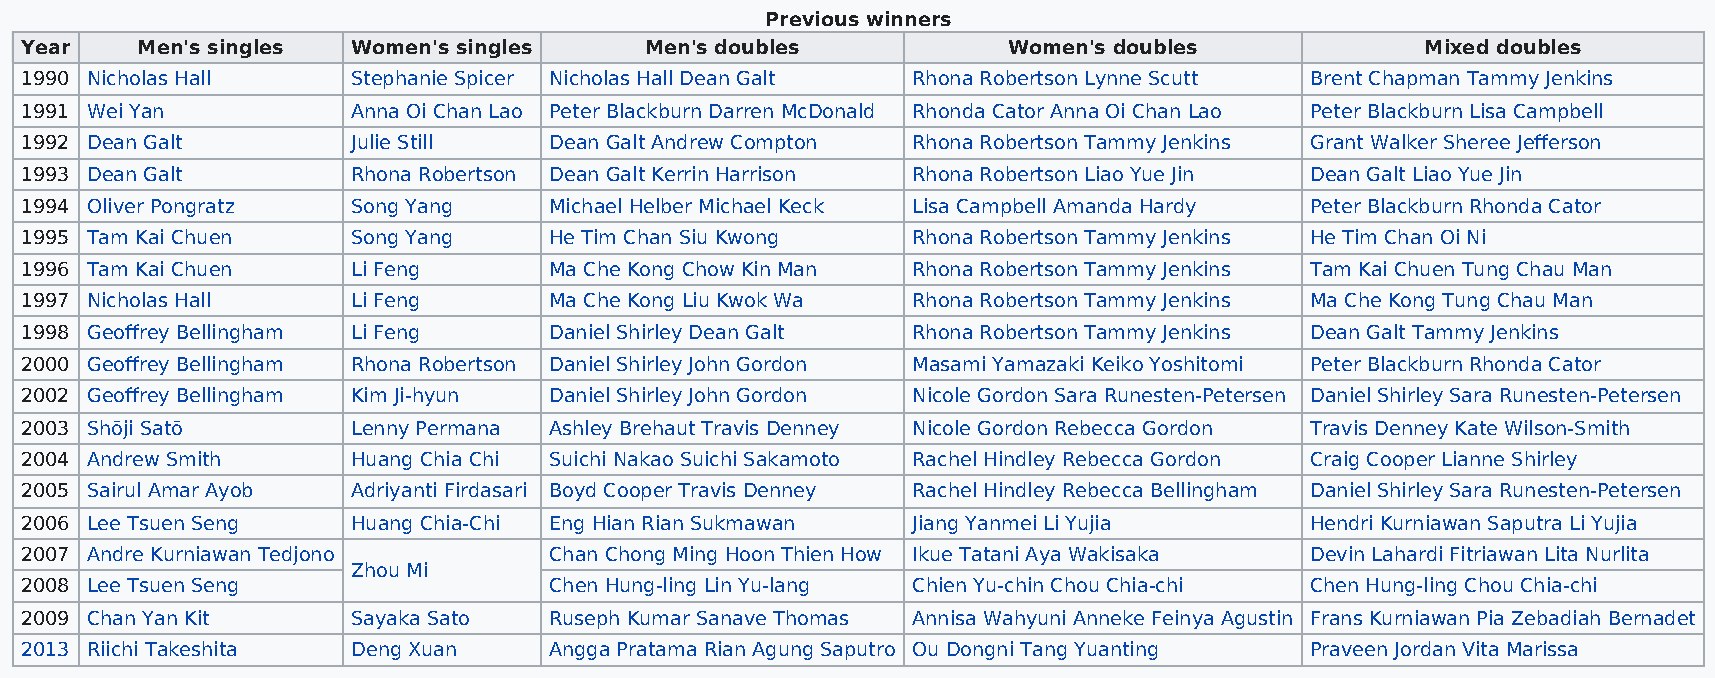
Previous winners
 Year    Men's singles Women's singles     Men's doubles           Women's doubles            Mixed doubles
 1990 Nicholas Hall    Stephanie Spicer Nicholas Hall Dean Galt Rhona Robertson Lynne Scutt Brent Chapman Tammy Jenkins
 1991 Wei Yan          Anna Oi Chan Lao Peter Blackburn Darren McDonald Rhonda Cator Anna Oi Chan Lao Peter Blackburn Lisa Campbell
 1992 Dean Galt        Julie Still  Dean Galt Andrew Compton Rhona Robertson Tammy Jenkins Grant Walker Sheree Jefferson
 1993 Dean Galt        Rhona Robertson Dean Galt Kerrin Harrison Rhona Robertson Liao Yue Jin Dean Galt Liao Yue Jin
 1994 Oliver Pongratz  Song Yang    Michael Helber Michael Keck Lisa Campbell Amanda Hardy Peter Blackburn Rhonda Cator
 1995 Tam Kai Chuen    Song Yang    He Tim Chan Siu Kwong   Rhona Robertson Tammy Jenkins He Tim Chan Oi Ni
 1996 Tam Kai Chuen    Li Feng      Ma Che Kong Chow Kin Man Rhona Robertson Tammy Jenkins Tam Kai Chuen Tung Chau Man
 1997 Nicholas Hall    Li Feng      Ma Che Kong Liu Kwok Wa Rhona Robertson Tammy Jenkins Ma Che Kong Tung Chau Man
 1998 Geoffrey Bellingham Li Feng   Daniel Shirley Dean Galt Rhona Robertson Tammy Jenkins Dean Galt Tammy Jenkins
 2000 Geoffrey Bellingham Rhona Robertson Daniel Shirley John Gordon Masami Yamazaki Keiko Yoshitomi Peter Blackburn Rhonda Cator
 2002 Geoffrey Bellingham Kim Ji-hyun Daniel Shirley John Gordon Nicole Gordon Sara Runesten-Petersen Daniel Shirley Sara Runesten-Petersen
 2003 Shōji Satō       Lenny Permana Ashley Brehaut Travis Denney Nicole Gordon Rebecca Gordon Travis Denney Kate Wilson-Smith
 2004 Andrew Smith     Huang Chia Chi Suichi Nakao Suichi Sakamoto Rachel Hindley Rebecca Gordon Craig Cooper Lianne Shirley
 2005 Sairul Amar Ayob Adriyanti Firdasari Boyd Cooper Travis Denney Rachel Hindley Rebecca Bellingham Daniel Shirley Sara Runesten-Petersen
 2006 Lee Tsuen Seng   Huang Chia-Chi Eng Hian Rian Sukmawan Jiang Yanmei Li Yujia     Hendri Kurniawan Saputra Li Yujia
 2007 Andre Kurniawan Tedjono       Chan Chong Ming Hoon Thien How Ikue Tatani Aya Wakisaka Devin Lahardi Fitriawan Lita Nurlita
 Zhou Mi
 2008 Lee Tsuen Seng                Chen Hung-ling Lin Yu-lang Chien Yu-chin Chou Chia-chi Chen Hung-ling Chou Chia-chi
 2009 Chan Yan Kit     Sayaka Sato  Ruseph Kumar Sanave Thomas Annisa Wahyuni Anneke Feinya Agustin Frans Kurniawan Pia Zebadiah Bernadet
 2013 Riichi Takeshita Deng Xuan    Angga Pratama Rian Agung Saputro Ou Dongni Tang Yuanting Praveen Jordan Vita Marissa